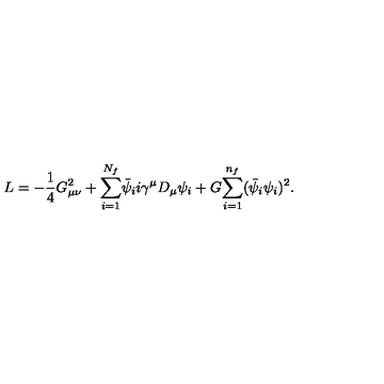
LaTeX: L = - { \frac { 1 } { 4 } } G _ { \mu \nu } ^ { 2 } + { \sum _ { i = 1 } ^ { N _ { f } } } \bar { \psi } _ { i } i \gamma ^ { \mu } D _ { \mu } \psi _ { i } + G { \sum _ { i = 1 } ^ { n _ { f } } } ( \bar { \psi } _ { i } \psi _ { i } ) ^ { 2 } .